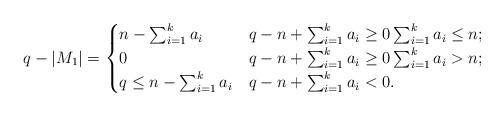
LaTeX: \begin{align*}q-|M_1|=\begin{cases}n - \sum_{i=1}^k a_i & q - n + \sum_{i=1}^k a_i\ge 0 \sum_{i=1}^k a_i\le n; \\0 & q - n + \sum_{i=1}^k a_i\ge 0\sum_{i=1}^k a_i> n;\\q\le n - \sum_{i=1}^k a_i & q - n + \sum_{i=1}^k a_i<0.\end{cases}\end{align*}